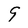
Character: 9